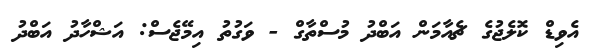
އެވިޑް ކޮލެޖުގެ ޗެއާމަން އަބްދު މުސްތާގް - ވަގުތު އިމޭޖެސް: އަޝްހާދު އަބްދު